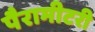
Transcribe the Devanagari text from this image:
पैरामीटरी